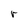
Character: r